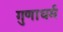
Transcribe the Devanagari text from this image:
गुणाधर्म